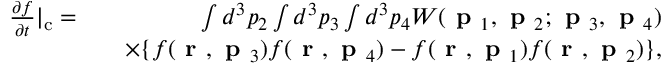
\begin{array} { r l r } { \frac { \partial f } { \partial t } | _ { \mathrm { c } } = } & { } & { \int d ^ { 3 } p _ { 2 } \int d ^ { 3 } p _ { 3 } \int d ^ { 3 } p _ { 4 } W ( \textbf { p } _ { 1 } , \textbf { p } _ { 2 } ; \textbf { p } _ { 3 } , \textbf { p } _ { 4 } ) } \\ & { } & { \times \{ f ( \textbf { r } , \textbf { p } _ { 3 } ) f ( \textbf { r } , \textbf { p } _ { 4 } ) - f ( \textbf { r } , \textbf { p } _ { 1 } ) f ( \textbf { r } , \textbf { p } _ { 2 } ) \} , } \end{array}